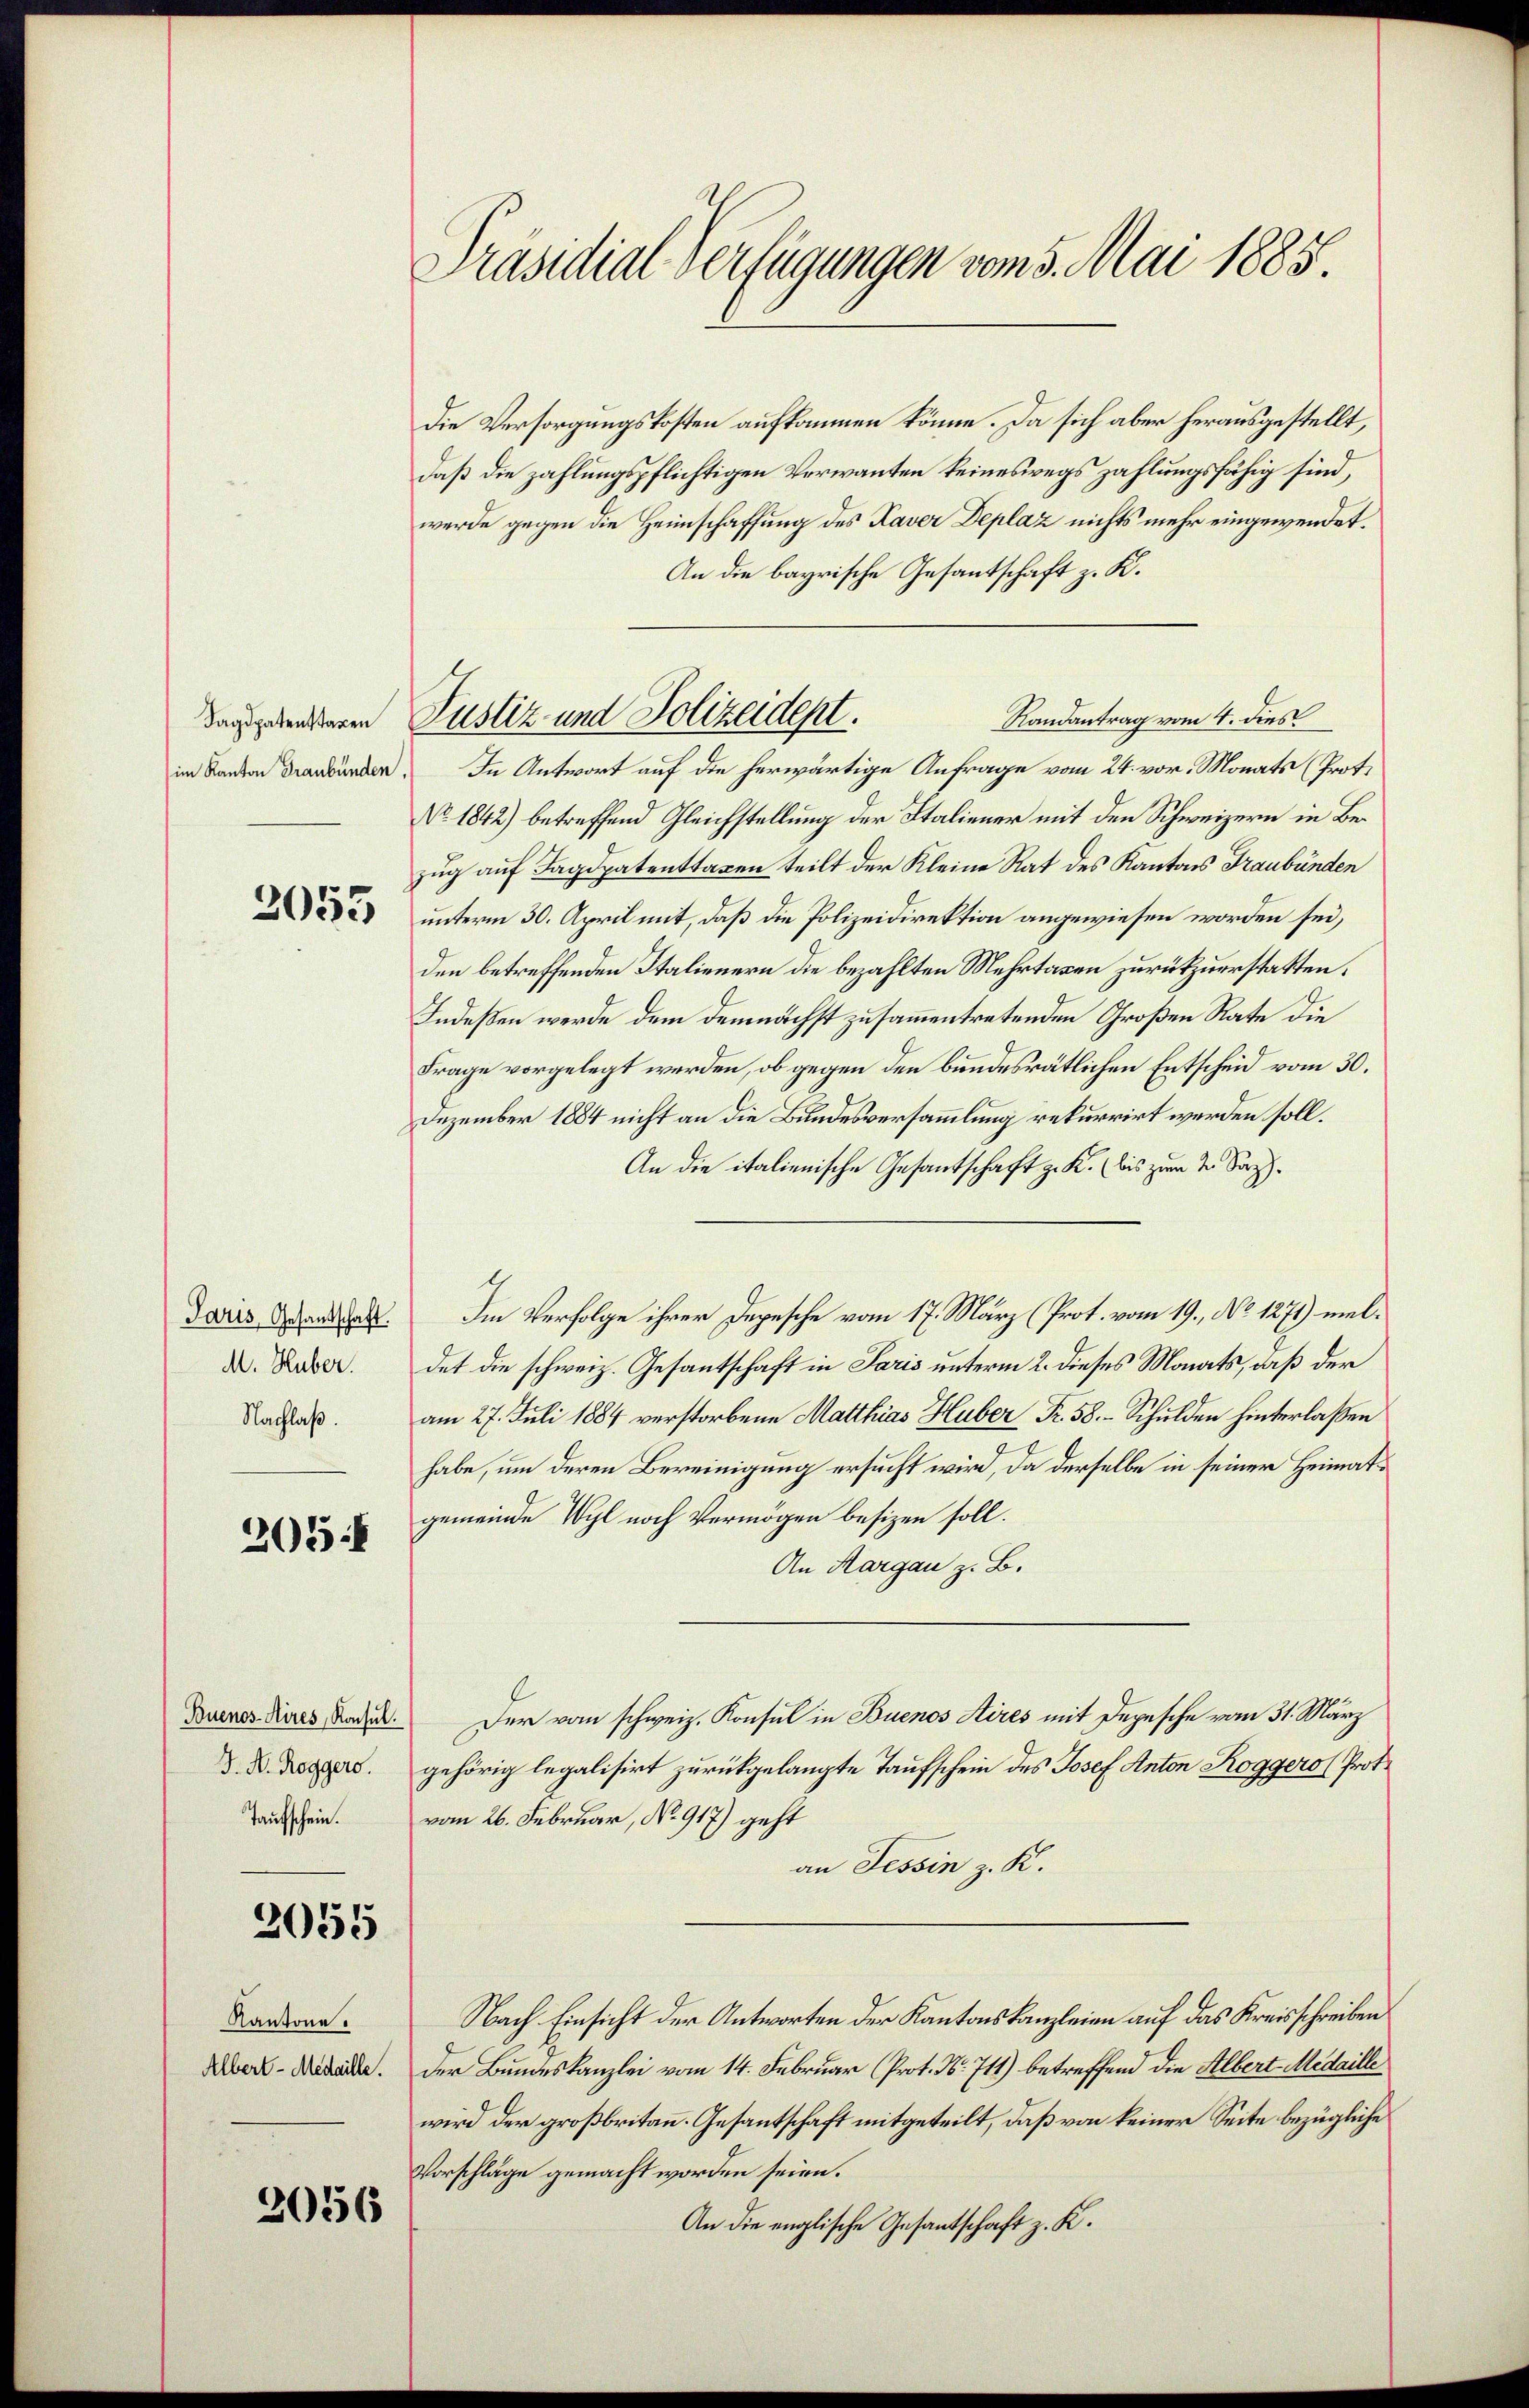
Tagdpatenstagen
im Kanton Graubünden,

2055

Paris, Gesandtschaft.
M. Huber.
Nachlaß.

205

Buenos-Aires, Konsul.
J. A. Roggers.
Taufschein.

2055

Kantone.
Albert-Medaille.

2056

Präsidial-Verfügungen vom 5. Mai 1885.

Die Versorgungskosten aufkommen könne. Da sich aber herausgestellt,
daß die zahlungspflichtigen Verwanten keineswegs zahlungsfähig sind,
werde gegen die Heimschaffung des Kaver Deplaz nichts mehr eingewendet.
An die bayrische Gesantschaft z. K.
Randantrag vom 4. dies
In Antwort auf die herwärtige Anfrage vom 24. vor. Monats (Proto
No. 1842) betreffend Gleichstellung der Italiener mit den Schweizern in Bezug auf Jagdpatenttaxen teilt der Kleine Rat des Kantons Graubünden
unterm 30. April mit, daß die Polizeidirektion angewiesen worden sei,
den betreffenden Italienern die bezahlten Mehrtagen zurükzuerstatten.
Indeßen werde dem demnächst zusammentretenden Großen Rate die
Frage vorgelegt werden, ob gegen den bundesrätlichen Entscheid vom 30.
Dezember 1884 nicht an die Bundesversammlung rekurrirt werden soll.
An die italienische Gesantschaft z. K. (bis zum 2. Saph
Im Verfolge ihrer Depesche vom 17. März (Prot. vom 19. No 1271) meldet die schweiz. Gesantschaft in Paris unterm 2. dieses Monats, daß der
am 27. Juli 1884 verstorbene Matthias Huber Fr. 58. Schulden hinterlaßen
habe, um deren Bereinigung ersucht wird, da derselbe in seiner Heimatgemeinde Wyl noch Vermögen besizen soll.
An Margau z. B.
Der vom schweiz. Konsul in Buenos Aires mit Depesche vom 31. März
gehörig legalisirt zurückgelangte Taufschein des Josef Anton Rogger (Prot.
vom 26. Februar, No 917) geht
an Tessin z. K.
Nach Einsicht der Antworten der Kantonskanzleien auf das Kreisschreiben
Der Bundeskanzlei vom 14. Februar (Prot. N. 711) betreffend die Albert Medaille
wird der großbritann. Gesantschaft mitgeteilt, daß von keiner Seite bezügliche
Vorschläge gemacht worden seien.
An die englische Gesantschaft z. K.

Justiz und Polizeident.